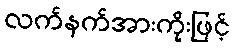
လက်နက်အားကိုးဖြင့်